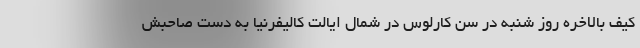
کیف بالاخره روز شنبه در سن کارلوس در شمال ایالت کالیفرنیا به دست صاحبش